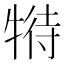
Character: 𤚟